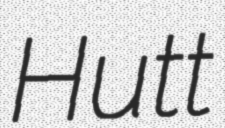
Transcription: Hutt